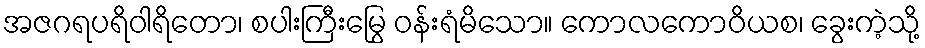
အဇဂရပရိဝါရိတော၊ စပါးကြီးမြွေ ဝန်းရံမိသော။ ကောလကောဝိယစ၊ ခွေးကဲ့သို့